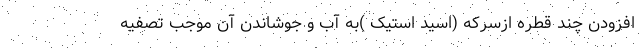
افزودن چند قطره ازسرکه (اسید استیک )به آب و جوشاندن آن موجب تصفیه